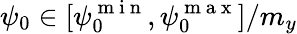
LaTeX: \psi_{0}\in[\psi_{0}^{\mathrm{~m~i~n~}},\psi_{0}^{\mathrm{~m~a~x~}}]/m_{y}